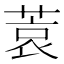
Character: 𫈮